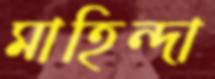
মাহিন্দা